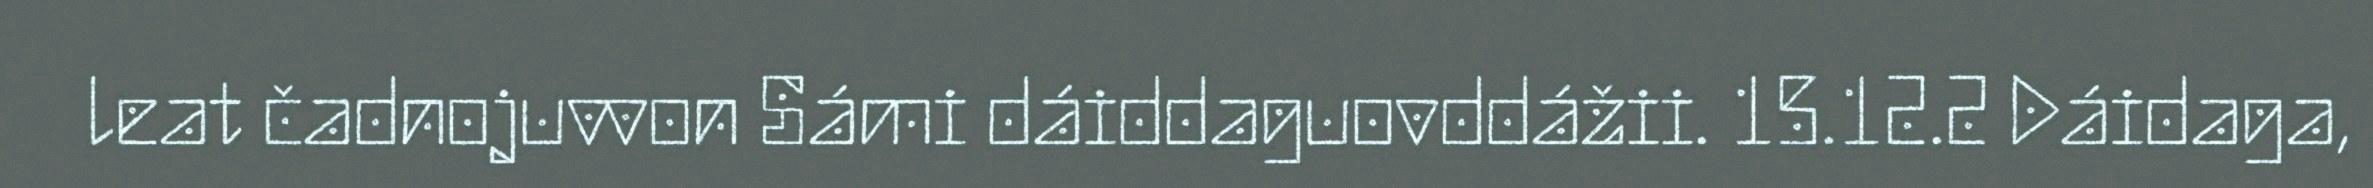
leat čadnojuvvon Sámi dáiddaguovddážii. 15.12.2 Dáidaga,